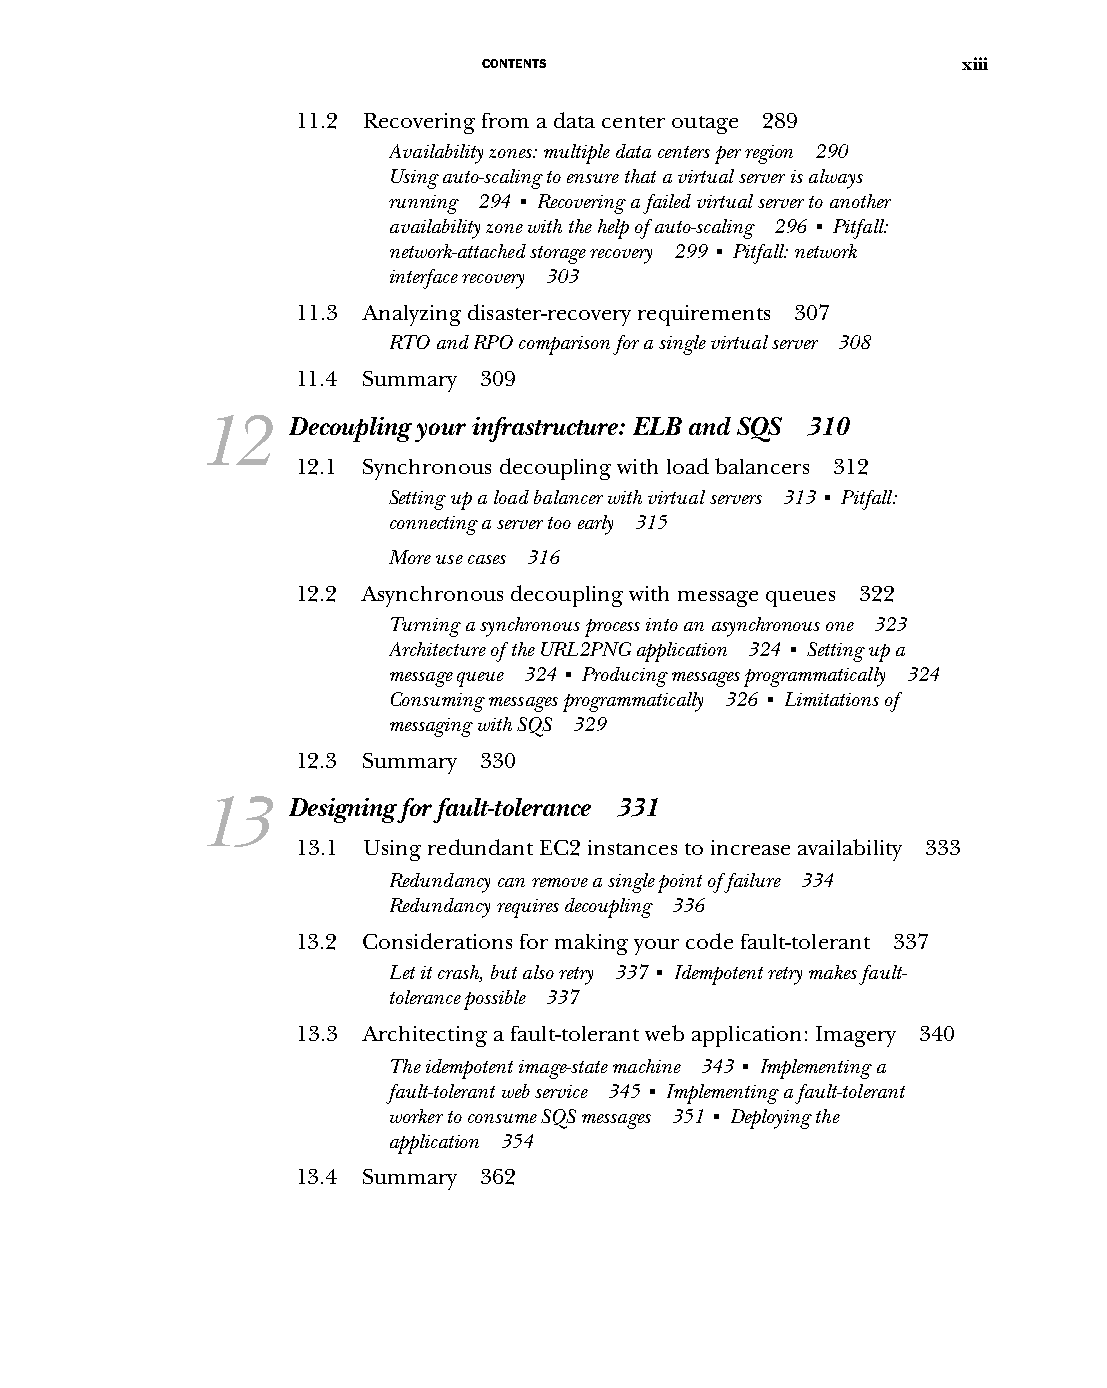
CONTENTS                        xiii
 11.2 Recovering from a data center outage 289
 Availability zones: multiple data centers per region 290
 Using auto-scaling to ensure that a virtual server is always
 running 294 ■ Recovering a failed virtual server to another
 availability zone with the help of auto-scaling 296 ■ Pitfall:
 network-attached storage recovery 299 ■ Pitfall: network
 interface recovery 303
 11.3 Analyzing disaster-recovery requirements 307
 RTO and RPO comparison for a single virtual server 308
 11.4 Summary 309
 12    Decoupling your infrastructure: ELB and SQS 310
 12.1 Synchronous decoupling with load balancers 312
 Setting up a load balancer with virtual servers 313 ■ Pitfall:
 connecting a server too early 315
 More use cases 316
 12.2 Asynchronous decoupling with message queues 322
 Turning a synchronous process into an asynchronous one 323
 Architecture of the URL2PNG application 324 ■ Setting up a
 message queue 324 ■ Producing messages programmatically 324
 Consuming messages programmatically 326 ■ Limitations of
 messaging with SQS 329
 12.3 Summary 330
 13    Designing for fault-tolerance 331
 13.1 Using redundant EC2 instances to increase availability 333
 Redundancy can remove a single point of failure 334
 Redundancy requires decoupling 336
 13.2 Considerations for making your code fault-tolerant 337
 Let it crash, but also retry 337 ■ Idempotent retry makes fault-
 tolerance possible 337
 13.3 Architecting a fault-tolerant web application: Imagery 340
 The idempotent image-state machine 343 ■ Implementing a
 fault-tolerant web service 345 ■ Implementing a fault-tolerant
 worker to consume SQS messages 351 ■ Deploying the
 application 354
 13.4 Summary 362